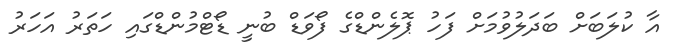
އާ ކުލަބަށް ބަދަލުވުމަށް ފަހު ޕޮލެންޑްގެ ފޯވަޑް ބުނީ ޑޯޓްމުންޑްގައި ހަތަރު އަހަރު